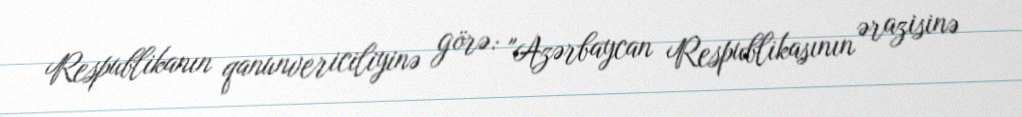
Respublikanın qanunvericiliyinə görə: "Azərbaycan Respublikasının ərazisinə